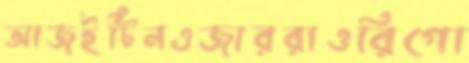
আজইটিনএজাররাওরিগো